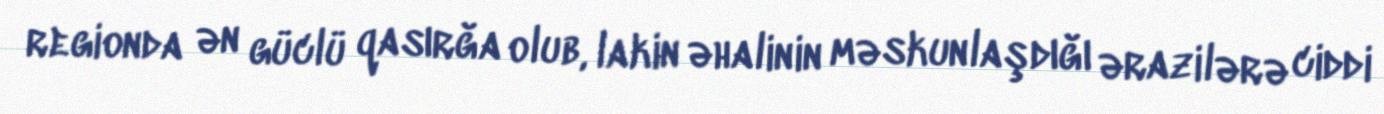
regionda ən güclü qasırğa olub, lakin əhalinin məskunlaşdığı ərazilərə ciddi